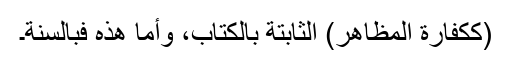
(ككفارة المظاهر) الثابتة بالكتاب، وأما هذه فبالسنة۔